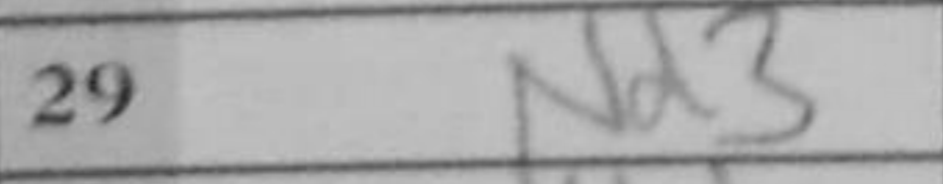
Transcription: Nd3